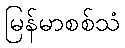
မြန်မာစစ်သံ